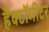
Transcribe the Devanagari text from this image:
हैक्टॉमीटर